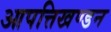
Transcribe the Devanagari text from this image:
आपत्तिखण्डन